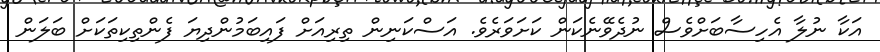
އަކާ ނުލާ އެހިސާބަށްވެސް ނުދެވޭނެކަން ކަށަވަރެވެ. އަސްކަނިން ތިރިއަށް ފައިބަމުންދިޔަ ފެންތިކިތަކަށް ބަލަން